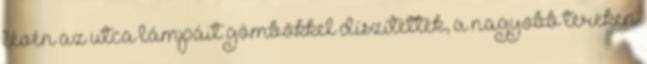
lévén az utca lámpáit gömbökkel díszítették, a nagyobb tereken